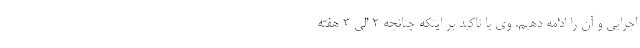
اجرایی و آن را ادامه دهیم. وی با تاکید بر اینکه چنانچه ۲ الی ۳ هفته